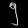
Digit: ၅